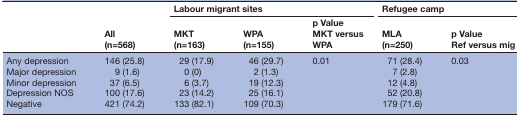
<table><thead><tr><td rowspan="2"></td><td rowspan="2"><b>All (n=568)</b></td><td colspan="3"><b>Labour migrant sites</b></td><td colspan="2"><b>Refugee camp</b></td></tr><tr><td><b>MKT (n=163)</b></td><td><b>WPA (n=155)</b></td><td><b>p Value MKT versus WPA</b></td><td><b>MLA (n=250)</b></td><td><b>p Value Ref versus mig</b></td></tr></thead><tbody><tr><td>Any depression Major depression Minor depression Depression NOS Negative</td><td>146 (25.8) 9 (1.6) 37 (6.5) 100 (17.6) 421 (74.2)</td><td>29 (17.9) 0 (0) 6 (3.7) 23 (14.2) 133 (82.1)</td><td>46 (29.7) 2 (1.3) 19 (12.3) 25 (16.1) 109 (70.3)</td><td>0.01</td><td>71 (28.4) 7 (2.8) 12 (4.8) 52 (20.8) 179 (71.6)</td><td>0.03</td></tr></tbody></table>